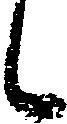
候